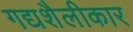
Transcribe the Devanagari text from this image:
गद्यशैलीकार